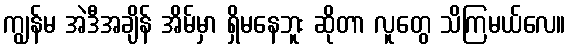
ကျွန်မ အဲဒီအချိန် အိမ်မှာ ရှိမနေဘူး ဆိုတာ လူတွေ သိကြမယ်လေ။